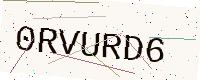
Text: 0RVURD6